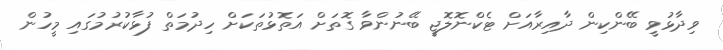
ވިދާޅުވީ ބޭންކިން ދާއިރާއަށް ޓެކްނޮލޮޖީ ބޭނުންވާ ގޮތަށް އަތޮޅުތަކަށް ހިދުމަތް ފުޅާކުރުމުގައި މީހުން